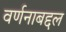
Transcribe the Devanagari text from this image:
वर्णनाबद्दल